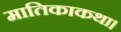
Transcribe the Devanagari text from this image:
मातिकाकथा।